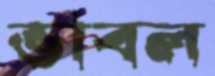
ভাবল